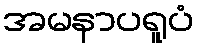
အမနာပရူပံ